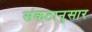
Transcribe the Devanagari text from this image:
संकटानुसार